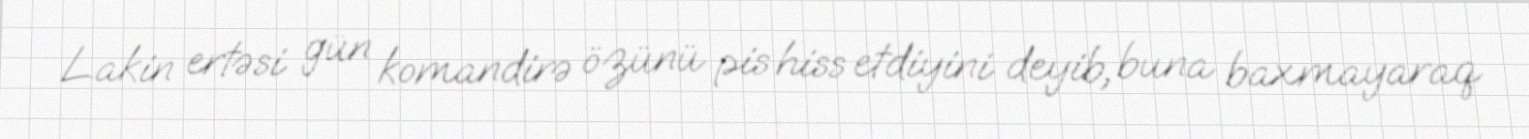
Lakin ertəsi gün komandirə özünü pis hiss etdiyini deyib, buna baxmayaraq